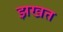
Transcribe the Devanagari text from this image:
झखत